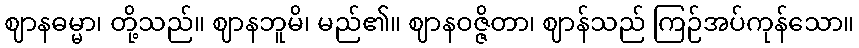
ဈာနဓမ္မာ၊ တို့သည်။ ဈာနဘူမိ၊ မည်၏။ ဈာနဝဇ္ဇိတာ၊ ဈာန်သည် ကြဉ်အပ်ကုန်သော။